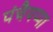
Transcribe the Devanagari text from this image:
पंचैयप्पा